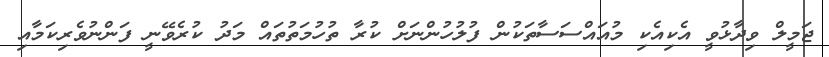
ޖަމީލް ވިދާޅުވީ އެކިއެކި މުއައްސަސާތަކުން ފުލުހުންނަށް ކުރާ ތުހުމަތުތައް މަދު ކުރެވޭނީ ފަންނުވެރިކަމާއި